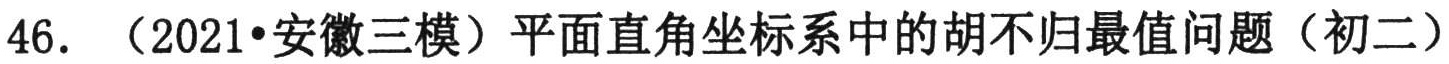
46. （2021•安徽三模）平面直角坐标系中的胡不归最值问题（初二）